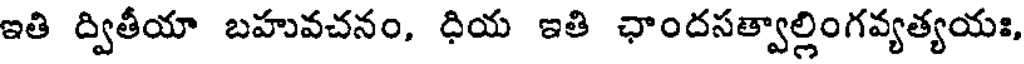
ఇతి ద్వితీయా బహువచనం, ధియ ఇతి ఛాందసత్వాల్లింగవ్యత్యయ:,